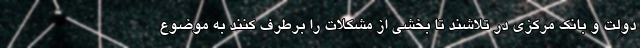
دولت و بانک مرکزی در تلاشند تا بخشی از مشکلات را برطرف کنند به موضوع